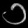
Digit: ၁